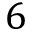
6